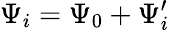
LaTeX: \Psi_{i}=\Psi_{0}+\Psi_{i}^{\prime}